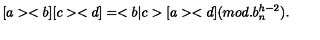
[ a > < b ] [ c > < d ] = < b | c > [ a > < d ] ( m o d . b _ { n } ^ { h - 2 } ) { } .